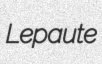
Lepaute